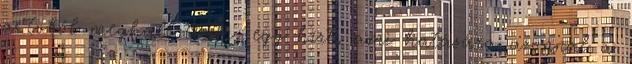
a tvből meghallottam, egy hírt, ami hatására azonnal a